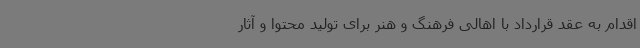
اقدام به عقد قرارداد با اهالی فرهنگ و هنر برای تولید محتوا و آثار